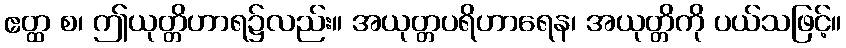
ဧတ္ထ စ၊ ဤယုတ္တိဟာရ၌လည်း။ အယုတ္တပရိဟာရေန၊ အယုတ္တိကို ပယ်သဖြင့်။